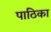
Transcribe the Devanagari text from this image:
पाठिका